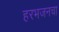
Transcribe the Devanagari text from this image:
हरभजनचा